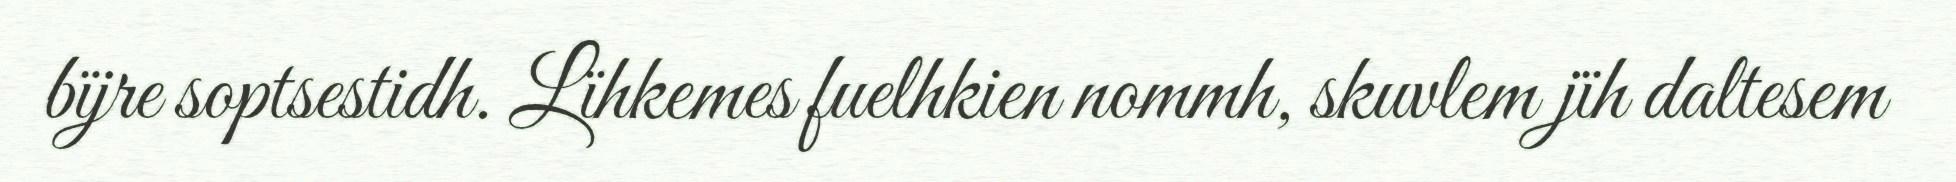
bïjre soptsestidh. Lïhkemes fuelhkien nommh, skuvlem jïh daltesem